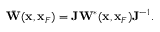
\begin{array} { r } { \bar { \bf W } ( { \bf x } , { \bf x } _ { F } ) = { \bf J } { \bf W } ^ { * } ( { \bf x } , { \bf x } _ { F } ) { \bf J } ^ { - 1 } . } \end{array}